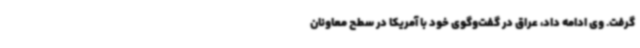
گرفت. وی ادامه داد، عراق در گفت‌وگوی خود با آمریکا در سطح معاونان